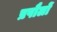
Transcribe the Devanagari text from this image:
प्रपौलों